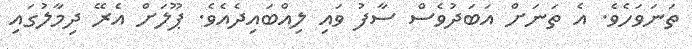
ތަނަވަހެވެ. އެ ތަނަށް އަބަދުވެސް ސާފު ވައި ލިއްބައިދެއެވެ. ޕޫލަށް އެރޭ ދިމާލުގައި